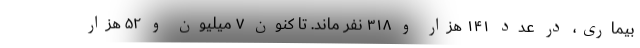
بیماری، در عدد ۱۴۱ هزار و ۳۱۸ نفر ماند. تا کنون ۷ میلیون و ۵۲ هزار